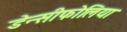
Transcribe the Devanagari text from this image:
डेन्सीफोलिया